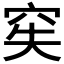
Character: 𥥌